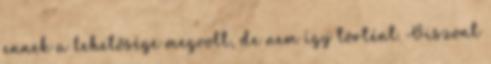
ennek a lehetősége megvolt, de nem így történt. Viszont